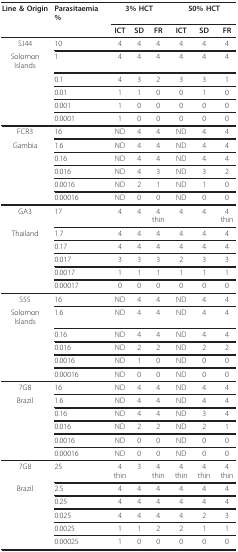
<table><thead><tr><td><b>Line &amp; Origin</b></td><td><b>Parasitaemia %</b></td><td colspan="3"><b>3% HCT</b></td><td colspan="3"><b>50% HCT</b></td></tr><tr><td></td><td></td><td><b>ICT</b></td><td><b>SD</b></td><td><b>FR</b></td><td><b>ICT</b></td><td><b>SD</b></td><td><b>FR</b></td></tr></thead><tbody><tr><td>SJ44</td><td>10</td><td>4</td><td>4</td><td>4</td><td>4</td><td>4</td><td>4</td></tr><tr><td>Solomon Islands</td><td>1</td><td>4</td><td>4</td><td>4</td><td>4</td><td>4</td><td>4</td></tr><tr><td></td><td>0.1</td><td>4</td><td>3</td><td>2</td><td>3</td><td>3</td><td>1</td></tr><tr><td></td><td>0.01</td><td>1</td><td>1</td><td>0</td><td>0</td><td>1</td><td>0</td></tr><tr><td></td><td>0.001</td><td>1</td><td>0</td><td>0</td><td>0</td><td>0</td><td>0</td></tr><tr><td></td><td>0.0001</td><td>1</td><td>0</td><td>0</td><td>0</td><td>0</td><td>0</td></tr><tr><td>FCR3</td><td>16</td><td>ND</td><td>4</td><td>4</td><td>ND</td><td>4</td><td>4</td></tr><tr><td>Gambia</td><td>1.6</td><td>ND</td><td>4</td><td>4</td><td>ND</td><td>4</td><td>4</td></tr><tr><td></td><td>0.16</td><td>ND</td><td>4</td><td>4</td><td>ND</td><td>4</td><td>4</td></tr><tr><td></td><td>0.016</td><td>ND</td><td>4</td><td>3</td><td>ND</td><td>3</td><td>2</td></tr><tr><td></td><td>0.0016</td><td>ND</td><td>2</td><td>1</td><td>ND</td><td>1</td><td>0</td></tr><tr><td></td><td>0.00016</td><td>ND</td><td>0</td><td>0</td><td>ND</td><td>0</td><td>0</td></tr><tr><td>GA3</td><td>17</td><td>4</td><td>4</td><td>4 thin</td><td>4</td><td>4</td><td>4 thin</td></tr><tr><td>Thailand</td><td>1.7</td><td>4</td><td>4</td><td>4</td><td>4</td><td>4</td><td>4</td></tr><tr><td></td><td>0.17</td><td>4</td><td>4</td><td>4</td><td>4</td><td>4</td><td>4</td></tr><tr><td></td><td>0.017</td><td>3</td><td>3</td><td>3</td><td>2</td><td>3</td><td>3</td></tr><tr><td></td><td>0.0017</td><td>1</td><td>1</td><td>1</td><td>1</td><td>1</td><td>1</td></tr><tr><td></td><td>0.00017</td><td>0</td><td>0</td><td>0</td><td>0</td><td>0</td><td>0</td></tr><tr><td>S55</td><td>16</td><td>ND</td><td>4</td><td>4</td><td>ND</td><td>4</td><td>4</td></tr><tr><td>Solomon Islands</td><td>1.6</td><td>ND</td><td>4</td><td>4</td><td>ND</td><td>4</td><td>4</td></tr><tr><td></td><td>0.16</td><td>ND</td><td>4</td><td>4</td><td>ND</td><td>4</td><td>4</td></tr><tr><td></td><td>0.016</td><td>ND</td><td>2</td><td>2</td><td>ND</td><td>2</td><td>2</td></tr><tr><td></td><td>0.0016</td><td>ND</td><td>1</td><td>0</td><td>ND</td><td>0</td><td>0</td></tr><tr><td></td><td>0.00016</td><td>ND</td><td>0</td><td>0</td><td>ND</td><td>0</td><td>0</td></tr><tr><td>7G8</td><td>16</td><td>ND</td><td>4</td><td>4</td><td>ND</td><td>4</td><td>4</td></tr><tr><td>Brazil</td><td>1.6</td><td>ND</td><td>4</td><td>4</td><td>ND</td><td>4</td><td>4</td></tr><tr><td></td><td>0.16</td><td>ND</td><td>4</td><td>4</td><td>ND</td><td>3</td><td>4</td></tr><tr><td></td><td>0.016</td><td>ND</td><td>2</td><td>2</td><td>ND</td><td>2</td><td>1</td></tr><tr><td></td><td>0.0016</td><td>ND</td><td>0</td><td>0</td><td>ND</td><td>0</td><td>0</td></tr><tr><td></td><td>0.00016</td><td>ND</td><td>0</td><td>0</td><td>ND</td><td>0</td><td>0</td></tr><tr><td>7G8</td><td>25</td><td>4 thin</td><td>3</td><td>4 thin</td><td>4 thin</td><td>4 thin</td><td>4 thin</td></tr><tr><td>Brazil</td><td>2.5</td><td>4</td><td>4</td><td>4</td><td>4</td><td>4</td><td>4</td></tr><tr><td></td><td>0.25</td><td>4</td><td>4</td><td>4</td><td>4</td><td>4</td><td>4</td></tr><tr><td></td><td>0.025</td><td>4</td><td>4</td><td>4</td><td>4</td><td>2</td><td>3</td></tr><tr><td></td><td>0.0025</td><td>1</td><td>1</td><td>2</td><td>2</td><td>1</td><td>1</td></tr><tr><td></td><td>0.00025</td><td>1</td><td>0</td><td>0</td><td>0</td><td>0</td><td>0</td></tr></tbody></table>